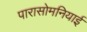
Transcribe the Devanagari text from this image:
पारासोमनियाई